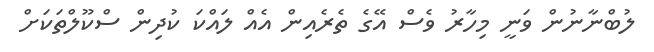
ލުބްނާނުން ވަނީ މިހާރު ވެސް އޭގެ ތެރެއިން އެއް ލައްކަ ކުދިން ސްކޫލްތަކަށް